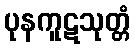
ပုနကူဋသုတ္တံ